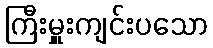
ကြီးမှူးကျင်းပသော